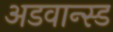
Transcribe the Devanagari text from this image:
अडवान्स्ड